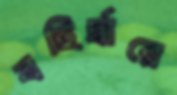
বহির্দ্বারে